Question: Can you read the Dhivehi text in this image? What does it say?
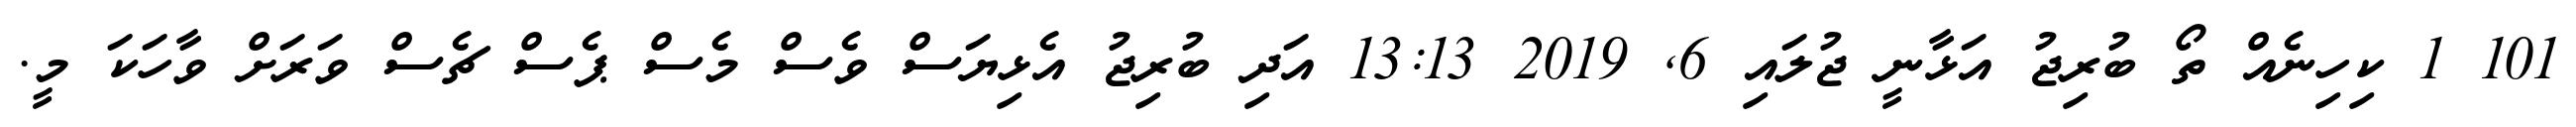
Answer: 101 1 ކިހިނެއް ތޯ ބުރިޖު އަޅާނީ ޖުލައި 6, 2019 13:13 އަދި ބުރިޖު އެޅިޔަސް ވެސް މެސް ޕެސް ޗެސް ވަރަށް ވާހަކަ މީ.